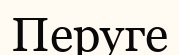
Перуге